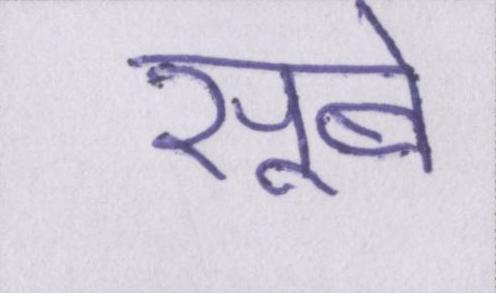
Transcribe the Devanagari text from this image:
सूबे